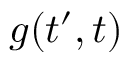
g ( t ^ { \prime } , t )